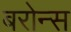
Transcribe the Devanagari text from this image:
बरोन्स